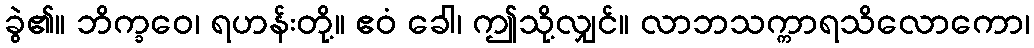
ခွဲ၏။ ဘိက္ခဝေ၊ ရဟန်းတို့။ ဧဝံ ခေါ၊ ဤသို့လျှင်။ လာဘသက္ကာရသိလောကော၊